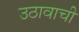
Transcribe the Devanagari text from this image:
उठावाची